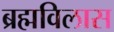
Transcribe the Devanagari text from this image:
ब्रह्मविलास